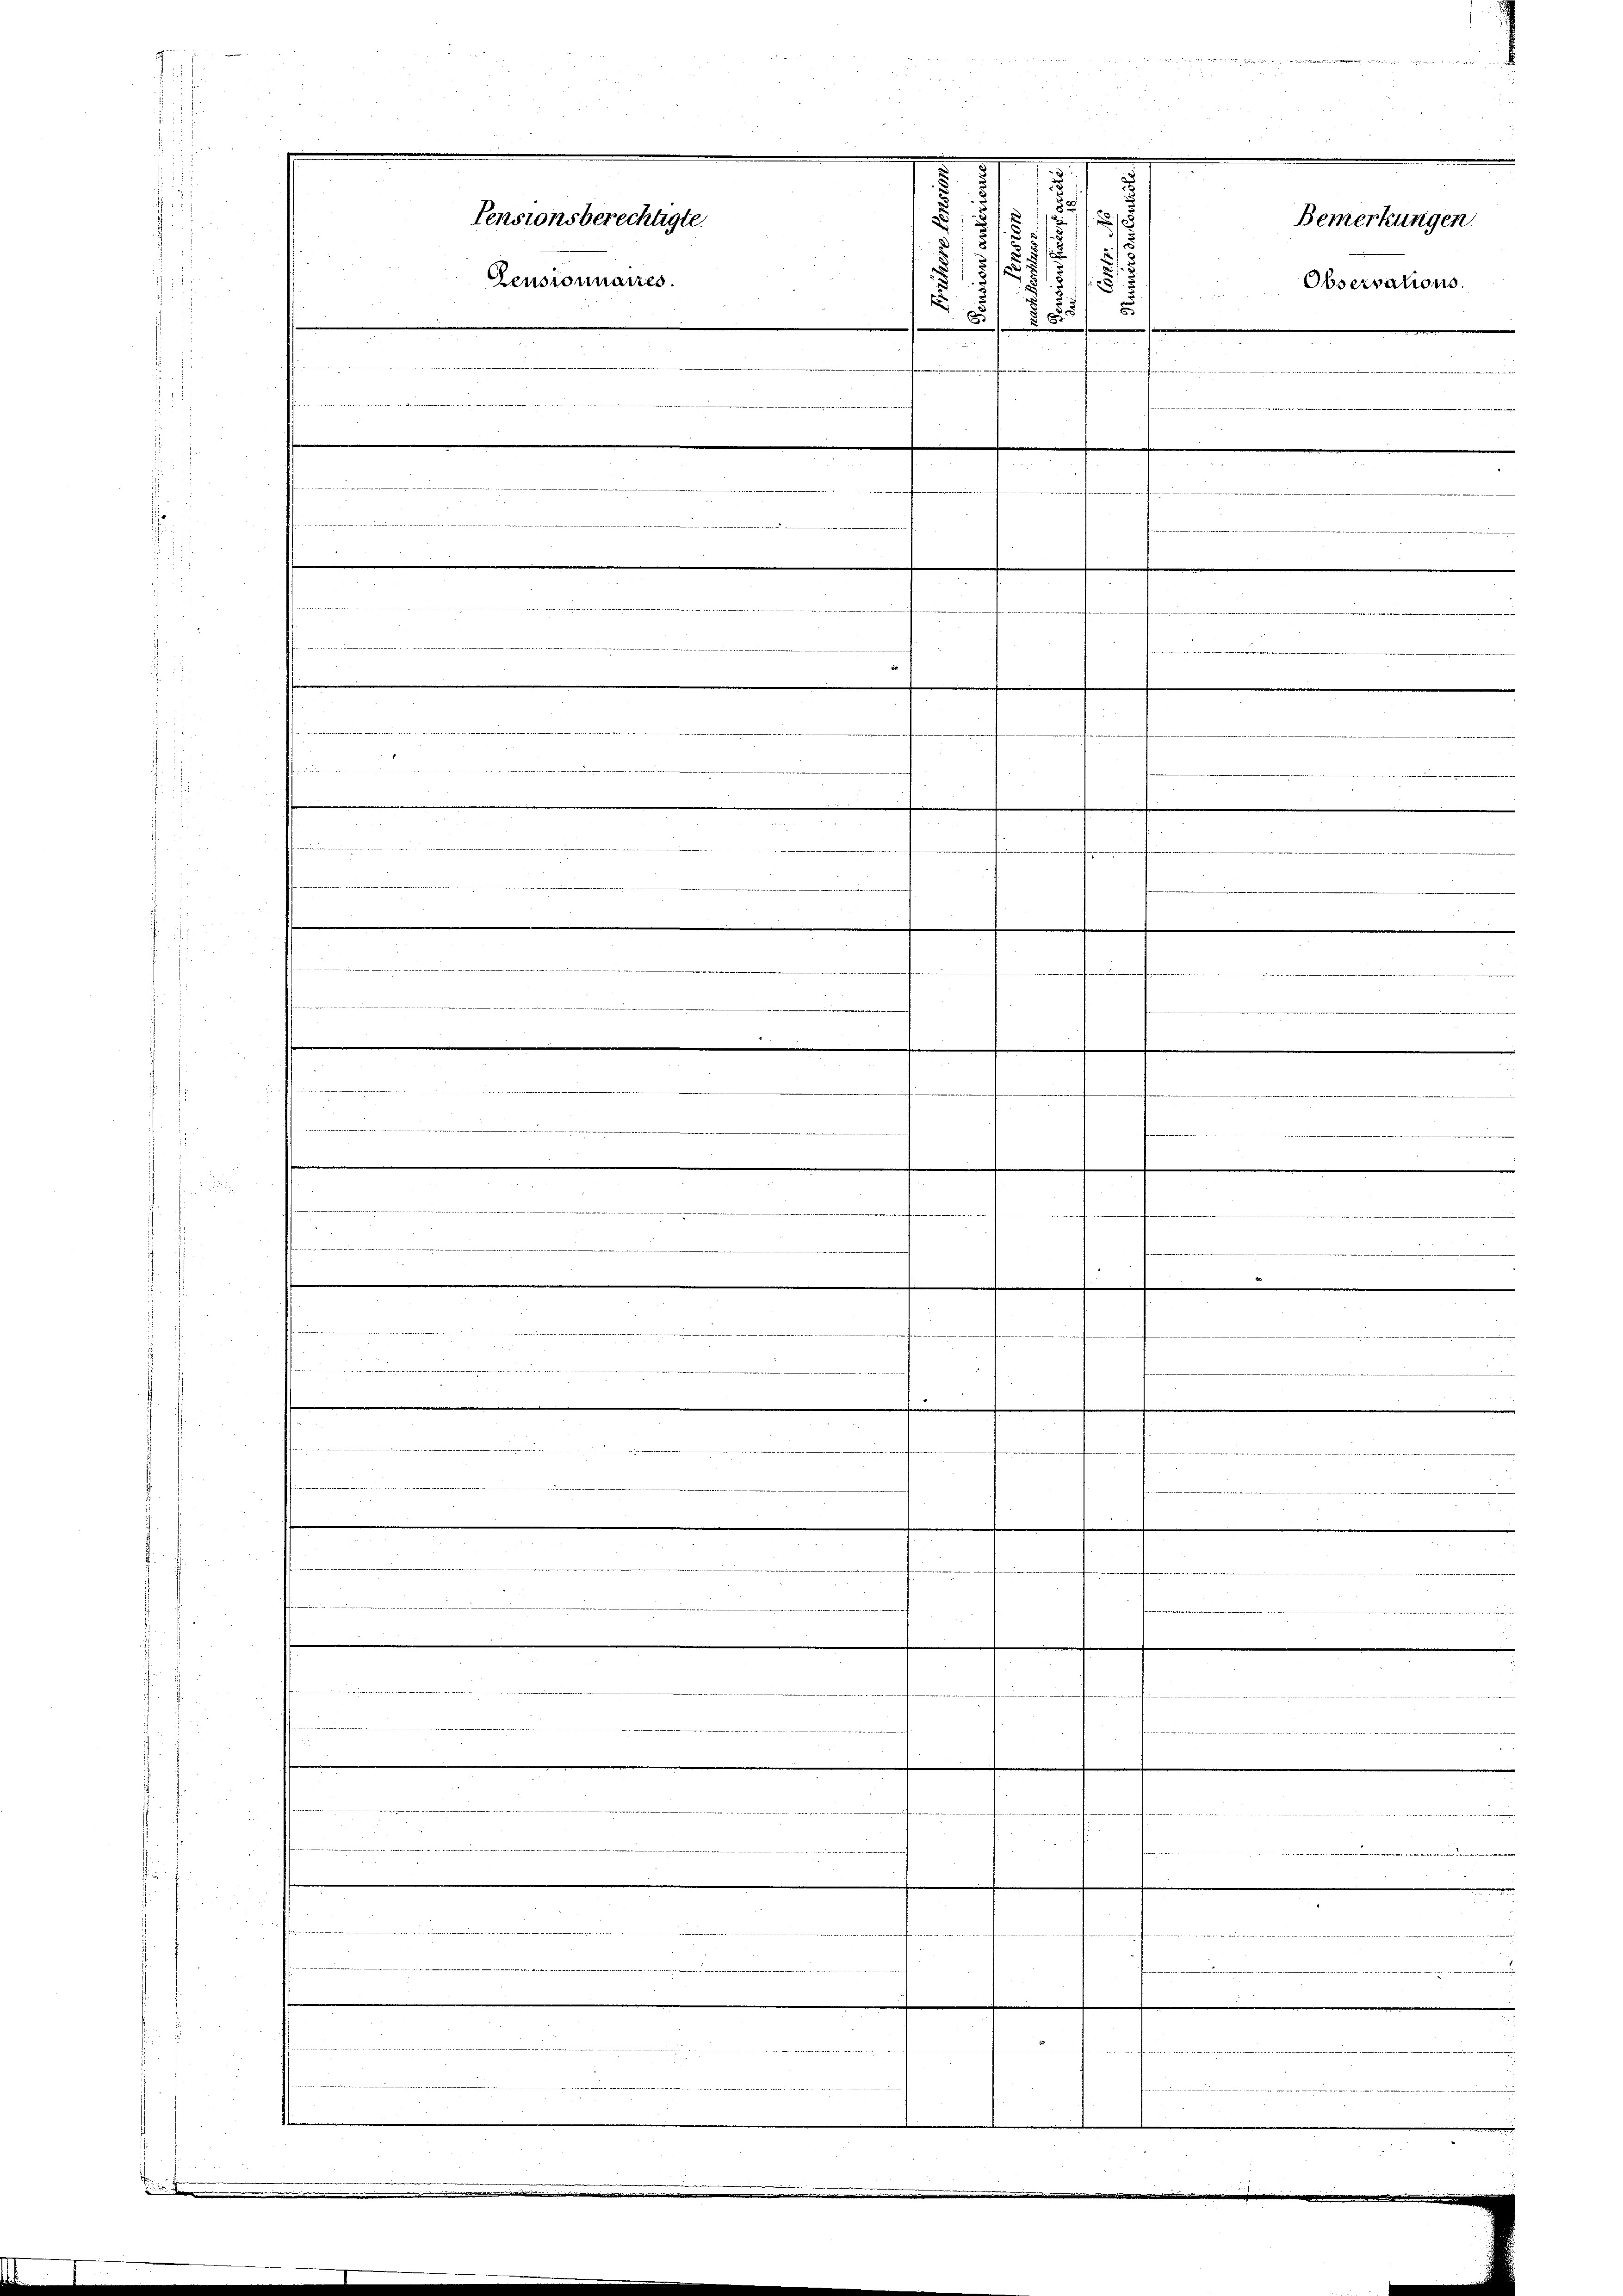
i

e

iget werde die
.
n

.
e
.
e

d

.
n

Pensionsberechtigte.
Bemerkungen.
.
3/3
2
5
/25
Pensionnaires.
Observations
8

u
.

e
.
.
.

.
.
e
 wie die

ddienen an, in der ei
.
.
.
e

e
iin u. d
e
t
.
e
6x
e

e
.
.
, en eine
.
2
e

7

e

e
.
.
e
.
e

1.